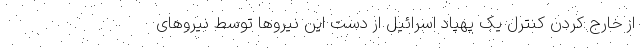
از خارج کردن کنترل یک پهپاد اسرائیل از دست این نیروها توسط نیروهای